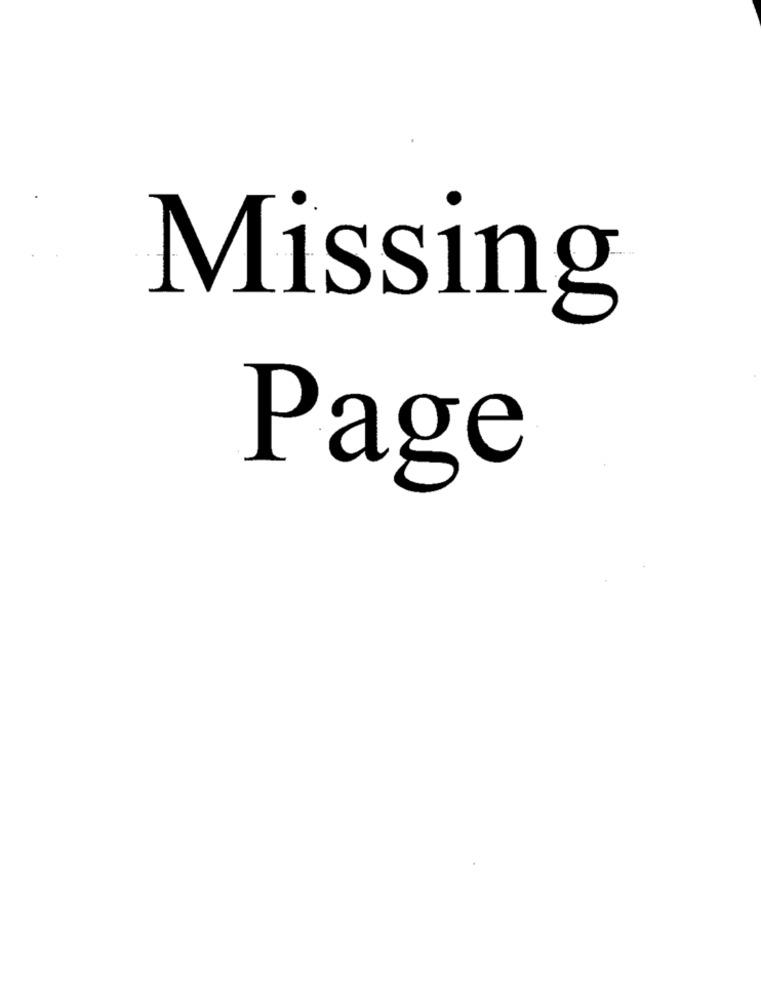
Missing
Page